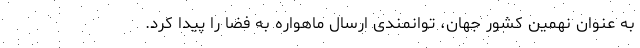
به عنوان نهمین کشور جهان، توانمندی ارسال ماهواره به فضا را پیدا کرد.